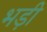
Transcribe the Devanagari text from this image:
भड़ी